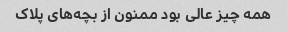
همه چیز عالی بود ممنون از بچه‌های پلاک